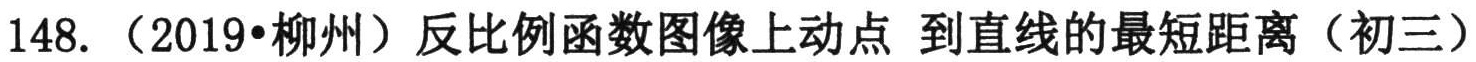
148. （2019•柳州）反比例函数图像上动点 到直线的最短距离（初三）